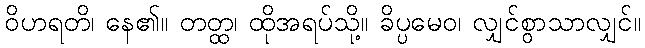
ဝိဟရတိ၊ နေ၏။ တတ္ထ၊ ထိုအရပ်သို့။ ခိပ္ပမေဝ၊ လျှင်စွာသာလျှင်။